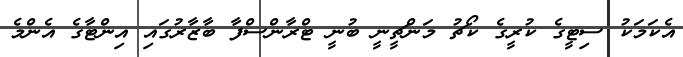
އެކަމަކު ސިޓީގެ ކުރީގެ ކޯޗު މަންޗީނީ ބުނީ ޓްރާންސްފާ ބާޒާރުގައި އިންޓާގެ އެންމެ